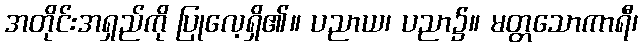
အတိုင်းအရှည်ကို ပြုလေ့ရှိ၏။ ပညာယ၊ ပညာ၌။ မတ္တသောကာရီ၊